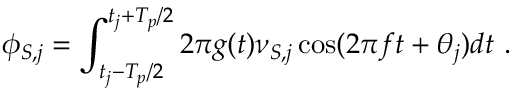
\phi _ { S , j } = \int _ { t _ { j } - T _ { p } / 2 } ^ { t _ { j } + T _ { p } / 2 } 2 \pi g ( t ) \nu _ { S , j } \cos ( 2 \pi f t + \theta _ { j } ) d t \ .